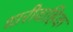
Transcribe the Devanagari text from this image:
धारीवाहिक